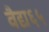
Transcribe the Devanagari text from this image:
वैद्य६५